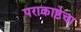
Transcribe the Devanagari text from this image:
पराकाष्ठेचा